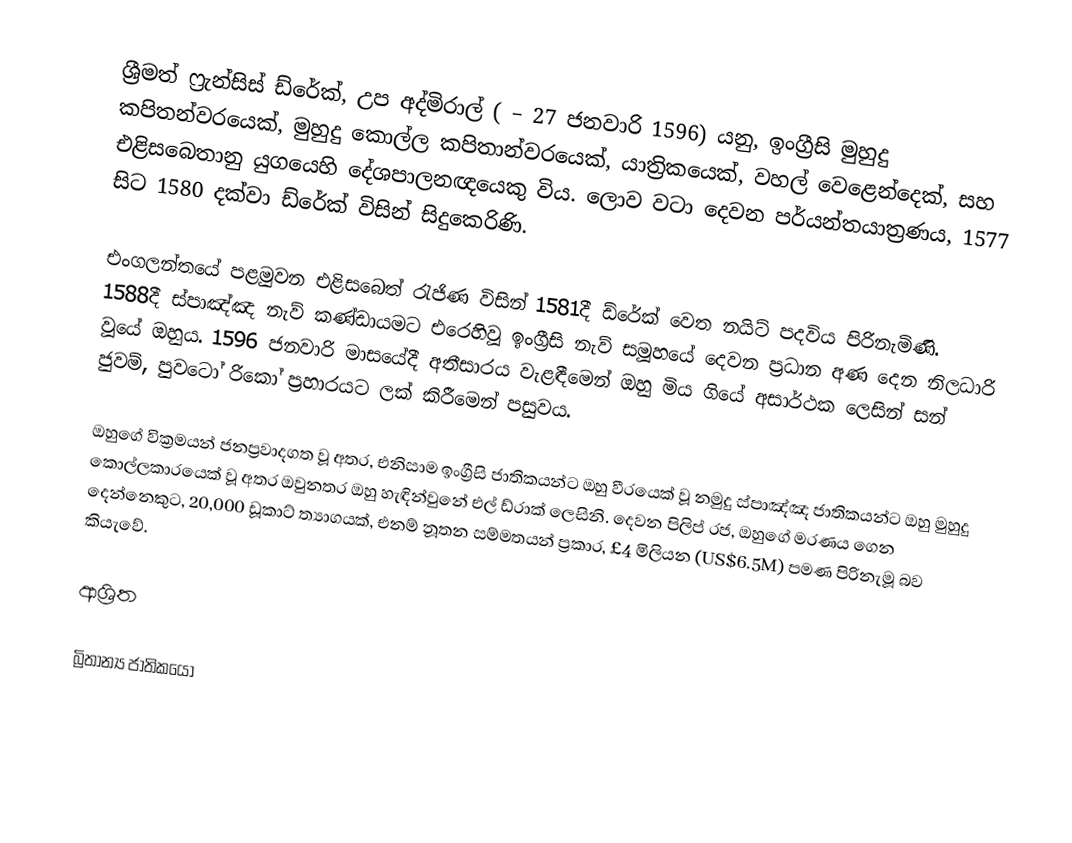
ශ්‍රීමත් ෆ්‍රැන්සිස් ඩ්රේක්, උප අද්මිරාල් ( – 27 ජනවාරි 1596) යනු,  ඉංග්‍රීසි  මුහුදු කපිතන්වරයෙක්,  මුහුදු කොල්ල කපිතාන්වරයෙක්, යාත්‍රිකයෙක්, වහල් වෙළෙන්දෙක්, සහ එළිසබෙතානු යුගයෙහි දේශපාලනඥයෙකු විය. ලොව වටා දෙවන පර්යන්තයාත්‍රණය, 1577 සිට  1580 දක්වා ඩ්රේක් විසින් සිදුකෙරිණි.

එංගලන්තයේ පළමුවන එළිසබෙත් රැජිණ විසින් 1581දී ඩ්රේක් වෙත නයිට් පදවිය පිරිනැමිණි. 1588දී ස්පාඤ්ඤ නැව් කණ්ඩායමට එරෙහිවූ ඉංග්‍රීසි නැව් සමූහයේ දෙවන ප්‍රධාන අණ දෙන නිලධාරි වූයේ ඔහුය. 1596 ජනවාරි මාසයේදී අතීසාරය වැළඳීමෙන් ඔහු මිය ගියේ  අසාර්ථක ලෙසින්  සන් ජුවම්, පුවටෝ රිකෝ ප්‍රහාරයට ලක් කිරීමෙන් පසුවය.

ඔහුගේ වික්‍රමයන් ජනප්‍රවාදගත වූ අතර, එනිසාම ඉංග්‍රීසි ජාතිකයන්ට ඔහු වීරයෙක් වූ නමුදු  ස්පාඤ්ඤ ජාතිකයන්ට ඔහු  මුහුදු කොල්ලකාරයෙක් වූ අතර ඔවුනතර ඔහු හැඳින්වුනේ  එල් ඩ්රාක් ලෙසිනි.  දෙවන පිලිප් රජ,  ඔහුගේ මරණය ගෙන දෙන්නෙකුට, 20,000 ඩූකාට් ත්‍යාගයක්, එනම් නූතන සම්මතයන් ප්‍රකාර,   £4 මිලියන (US$6.5M) පමණ පිරිනැමූ බව කියැවේ.

ආශ්‍රිත

බ්‍රිතාන්‍ය ජාතිකයෝ